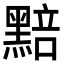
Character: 𮮚